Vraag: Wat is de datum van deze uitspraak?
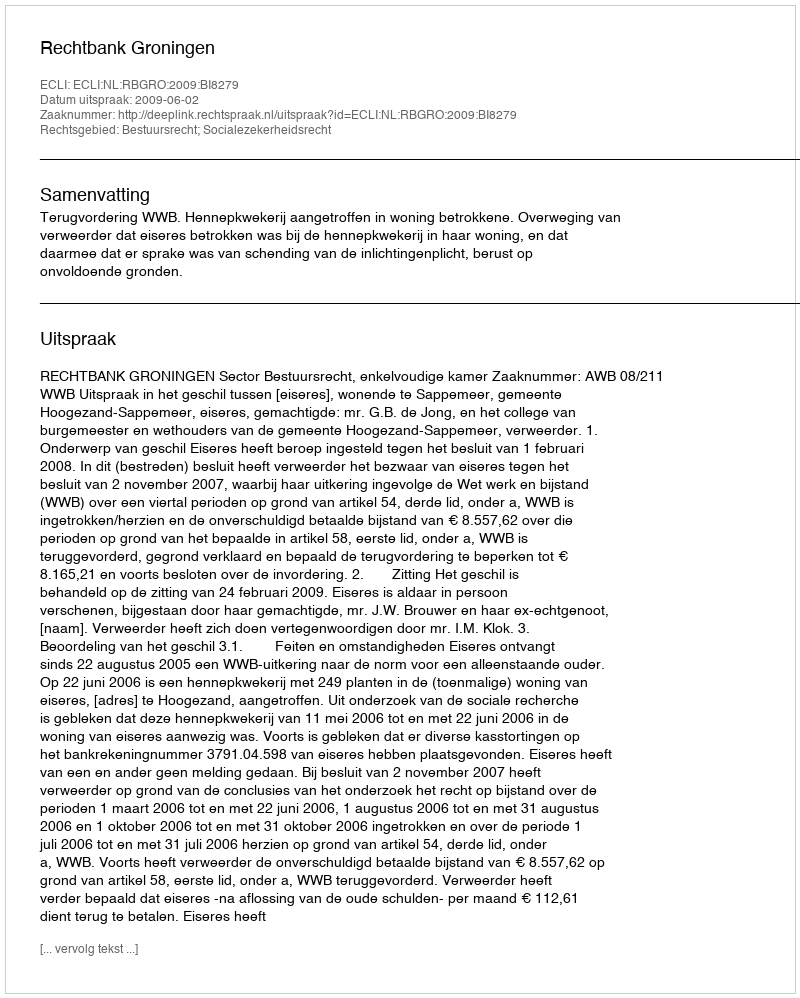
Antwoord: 2009-06-02